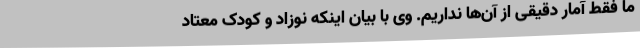
ما فقط آمار دقیقی از آن‌ها نداریم. وی با بیان اینکه نوزاد و کودک معتاد